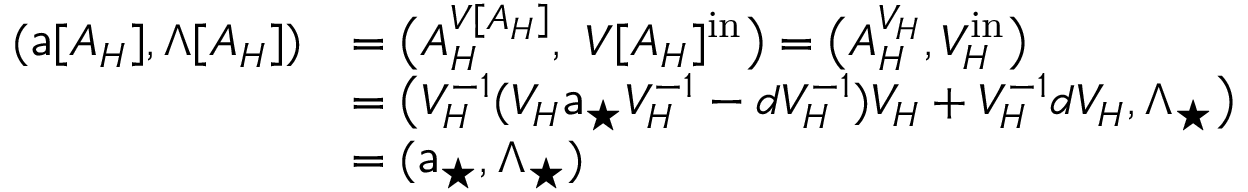
\begin{array} { r l } { ( { \mathsf { a } } [ A _ { H } ] , \Lambda [ A _ { H } ] ) } & { = \big ( A _ { H } ^ { { V } [ A _ { H } ] } , \ { V } [ A _ { H } ] ^ { \mathrm { i n } } \big ) = \big ( A _ { H } ^ { { V } _ { H } } , { V } _ { H } ^ { \mathrm { i n } } \big ) } \\ & { = \big ( { V } _ { H } ^ { - 1 } ( { V } _ { H } { \mathsf { a } } _ { \star } { V } _ { H } ^ { - 1 } - d { V } _ { H } ^ { - 1 } ) { V } _ { H } + { V } _ { H } ^ { - 1 } d { V } _ { H } , \Lambda _ { \star } \big ) } \\ & { = ( { \mathsf { a } } _ { \star } , \Lambda _ { \star } ) } \end{array}